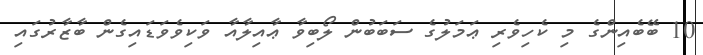
10 ބޭބެއިންގެ މި ކެހިވެރި ޢަމަލުގެ ސަބަބުން ލޯބިވާ ޢާއިލާއާ ވަކިވެވަޑައިގެން ބާޒާރުގައި